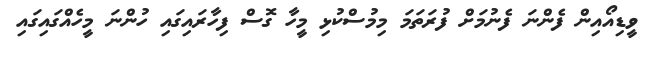
ވީޑިއޯއިން ފެންނަ ފެނުމަށް ފުރަތަމަ މިމުސްކުޅި މީހާ ގޮސް ފިހާރައިގައި ހުންނަ މީހެއްގައިގައި